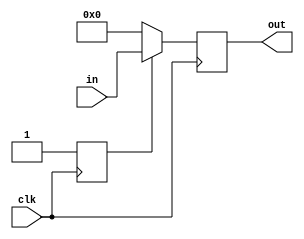
`timescale 1ns / 1ps
//////////////////////////////////////////////////////////////////////////////////
// Company: 
// Engineer: 
// 
// Design Name: 
// Module Name: lagger
// Project Name: 
// Target Devices: 
// Tool Versions: 
// Description: 
// 
// Dependencies: 
// 
// Revision:
// Revision 0.01 - File Created
// Additional Comments:
// 
//////////////////////////////////////////////////////////////////////////////////

module lagger (
    input [31:0] in,
    output reg [31:0] out,
    input clk
);
    reg switch;
    
    initial begin
        switch = 0;
    end
    
    always @(posedge clk) begin
        if (switch == 0) begin
            switch = 1;
            out = 0;
        end 
        else begin
                out = in;
        end
    end
endmodule